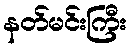
နတ်မင်းကြီး